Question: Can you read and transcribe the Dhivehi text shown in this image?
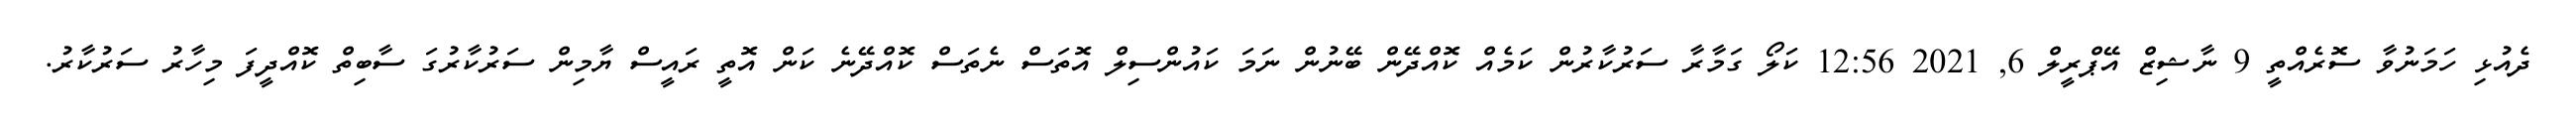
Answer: ދެއުޅި ހަމަނުވާ ސޮރެއްތީ 9 ނާޝިޒް އޭޕްރީލް 6, 2021 12:56 ކަލޯ ގަމާރާ ސަރުކާރުން ކަމެއް ކޮއްދޭން ބޭނުން ނަމަ ކައުންސިލް އޮތަސް ނެތަސް ކޮއްދޭނެ ކަން އޮތީ ރައީސް ޔާމިން ސަރުކާރުގަ ސާބިތް ކޮއްދީފަ މިހާރު ސަރުކާރު.